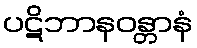
ပဋိဘာနဝန္တာနံ